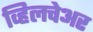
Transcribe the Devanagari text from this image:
व्हिलचेअर